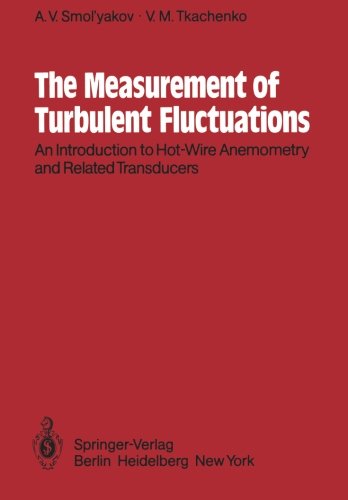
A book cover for The Measurement of Turbulent Fluctuations: An Introduction to Hot-Wire Anemometry and Related Transducers; A.V. Smol'yakov; Computers & Technology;